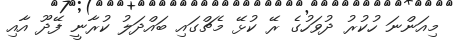
މިއަންނަ ހުކުރު ދުވަހުގެ ރޭ ކުޅޭ މެޗްގައި ބައްދަލު ކުރާނީ ފޭދޫ އާއި